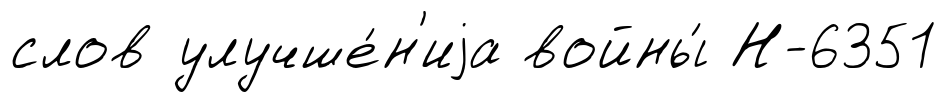
слов улучше́н'иjа войны́ Н-6351